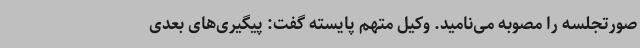
صورتجلسه را مصوبه می‌نامید. وکیل متهم پایسته گفت: پیگیری‌های بعدی